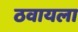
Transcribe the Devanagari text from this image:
ठवायला